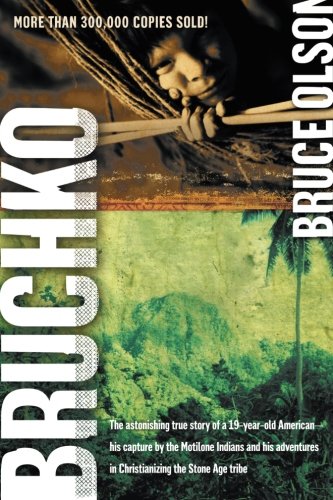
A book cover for Bruchko: The Astonishing True Story of a 19-Year-Old American, His Capture by the Motilone Indians and His Adventures in Christianizing the Stone Age Tribe; Bruce Olson; Christian Books & Bibles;